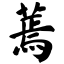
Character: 蔫